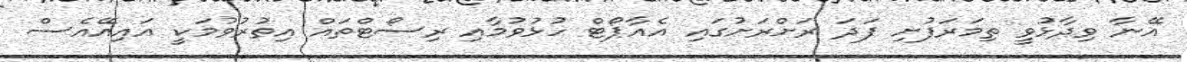
އޭނާ ވިދާޅުވީ ތިމަރަފުށި ފަދަ ރަށްރަށުގައި އެއާޕޯޓް ހުޅުވުމާއި ރިސޯޓްތައް އިތުރުވުމަކީ އައިއޭއެސް